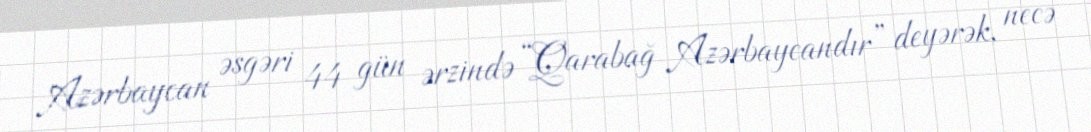
Azərbaycan əsgəri 44 gün ərzində “Qarabağ Azərbaycandır” deyərək, necə